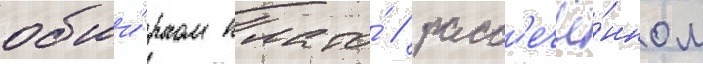
обши́рном плато́ / расс'ечё́нном